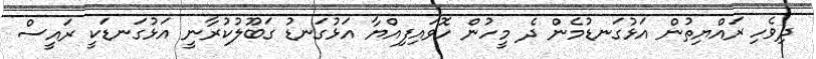
ދިވެހި ރައްޔިތުން އަޅުގަނޑުމެން ދެ މީހުން ހޮވައިފިއްޔާ އަޅުގަނޑު ގަބޫލުކުރާނީ އަޅުގަނޑަކީ ރައީސް